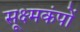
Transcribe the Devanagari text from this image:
सूक्ष्मकंपों